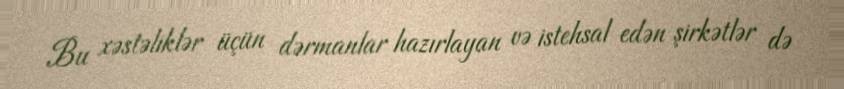
Bu xəstəliklər üçün dərmanlar hazırlayan və istehsal edən şirkətlər də